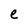
Character: e